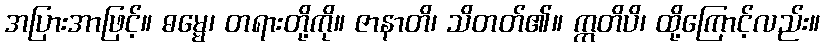
အပြားအာဖြင့်။ ဓမ္မေ၊ တရားတို့ကို။ ဇာနာတိ၊ သိတတ်၏။ ဣတိပိ၊ ထို့ကြောင့်လည်း။